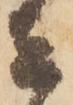
者